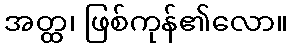
အတ္ထ၊ ဖြစ်ကုန်၏လော။